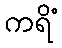
ကရိံ